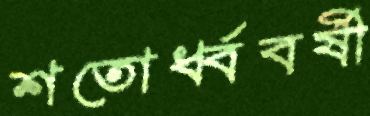
শতোর্ধ্ববর্ষী